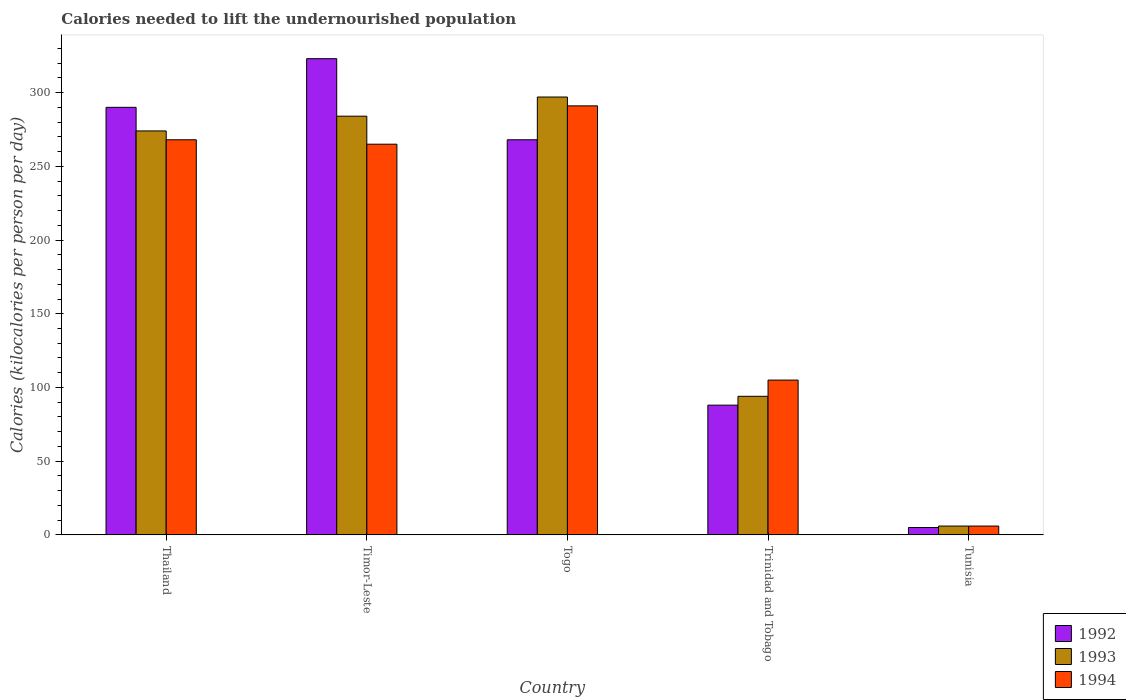
| Country | 1992 | 1993 | 1994 |
 | --- | --- | --- | --- |
 | Thailand | 290 | 274 | 268 |
 | Timor-Leste | 323 | 284 | 265 |
 | Togo | 268 | 297 | 291 |
 | Trinidad and Tobago | 88 | 94 | 105 |
 | Tunisia | 5 | 6 | 6 |